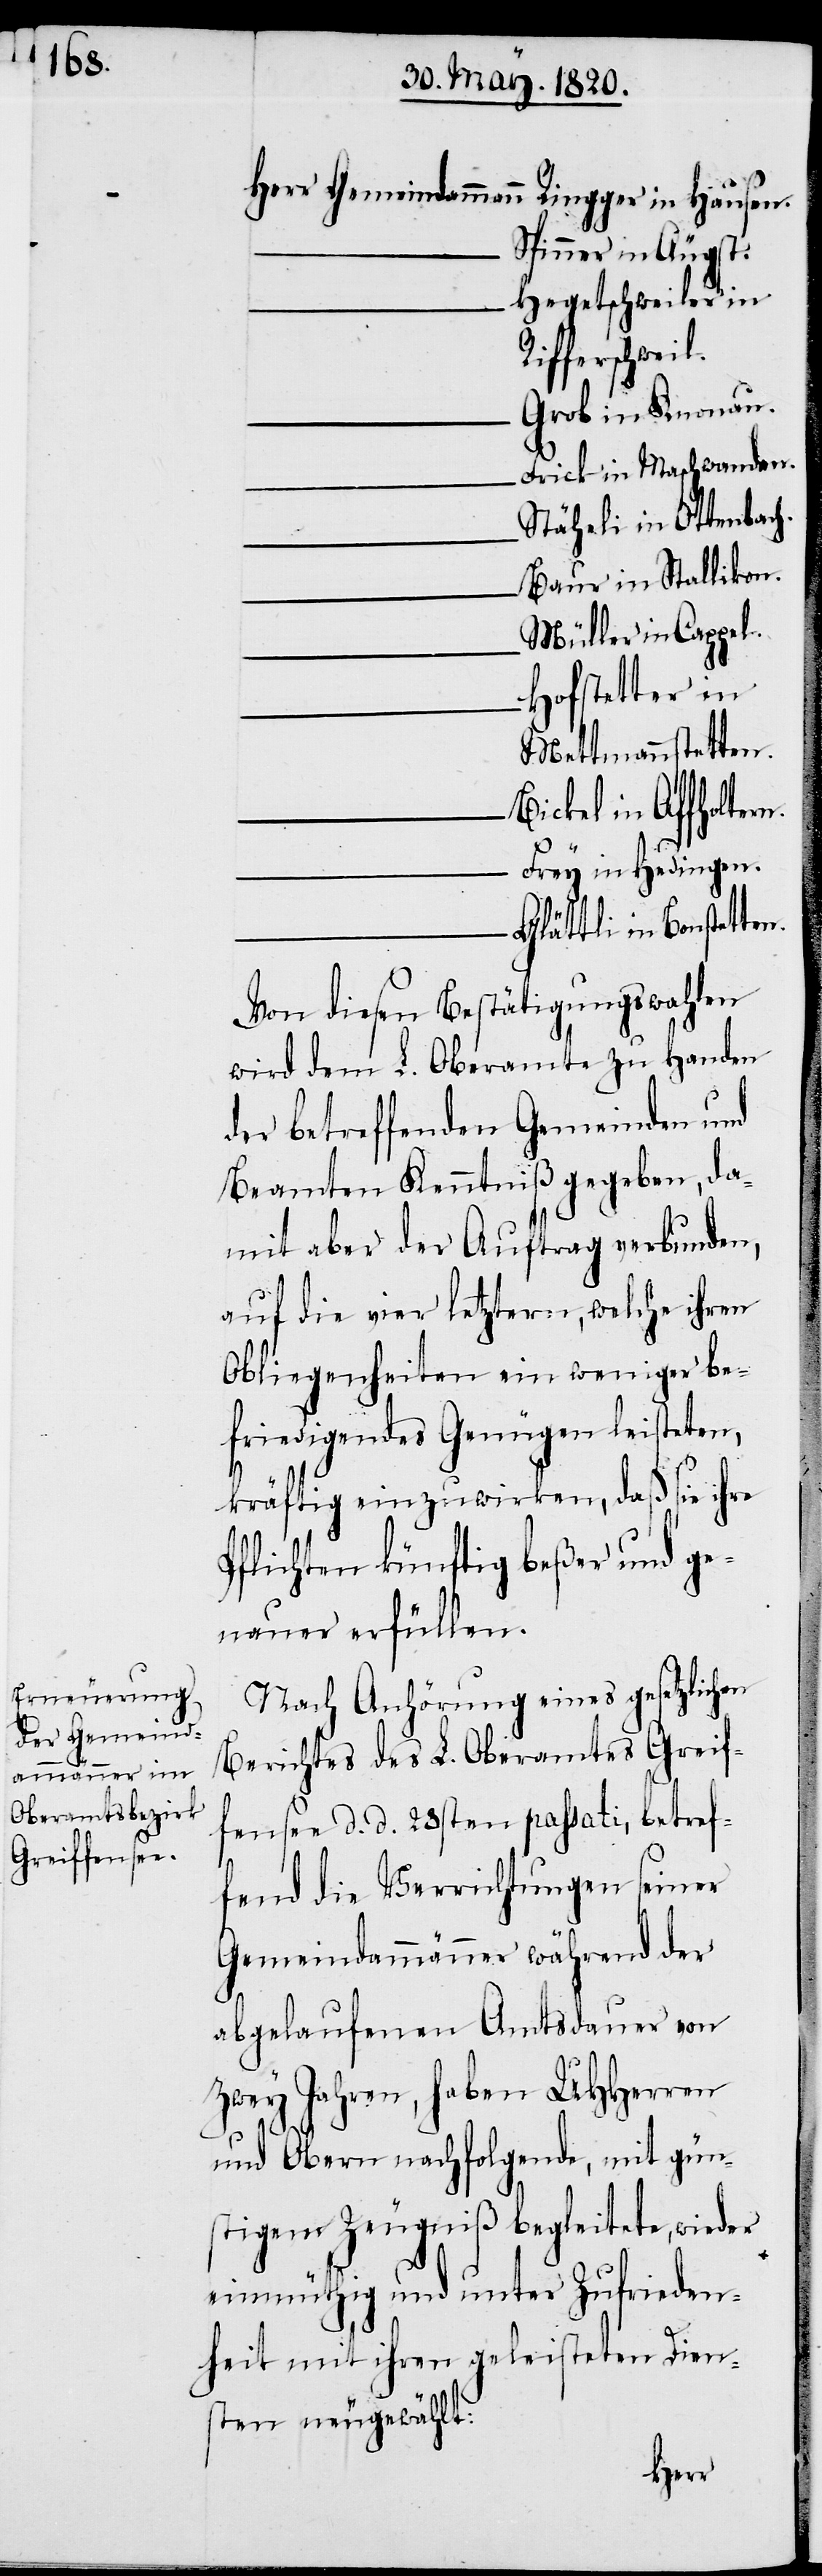
n.

Herr Gemeindamman¬
ingger in Hausen.
Spinner in Äugst.
Hegetschweiler in
Rifferschweil.
Grob in Knonau.
Frick in Maschwanden.
Stäheli in Ottenbach.
Baur in Stallikon.
Müller in Cappel.
Hofstetter in
Mettmannstetten.
Bickel in Affholter¬
Frey in Hedingen.
Glättli in Bonstetten.
Von diesen Bestätigungswahlen
wird dem L. Oberamte zu Handen
der betreffenden Gemeinden und
Beamten Kenntniß gegeben, da¬
mit aber der Auftrag verbunden,
auf die vier letztern, welche ihren
Obliegenheiten ein weniger be¬
friedigendes Genügen leisteten,
kräftig einzuwirken, daß sie ihre
Pflichten künftig beßer und ge¬
nauer erfüllen.
Nach Anhörung eines gesetzlichen
Berichtes des L. Oberamtes Greif¬
fensee d. d. 25sten passati, betref¬
fend die Verrichtungen seiner
Gemeindammänner während der
abgelaufenen Amtsdauer von
zwey Jahren, haben UHherren
und Obern nachfolgende, mit gün¬
stigen Zeugniß begleitete, wieder
einmüthig und unter Zufrieden¬
heit mit ihren geleisteten Dien¬
sten neugewählt: